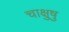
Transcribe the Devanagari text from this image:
चाक्षुषु